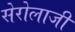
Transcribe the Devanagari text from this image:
सेरोलाजी